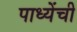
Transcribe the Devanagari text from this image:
पाध्येंची